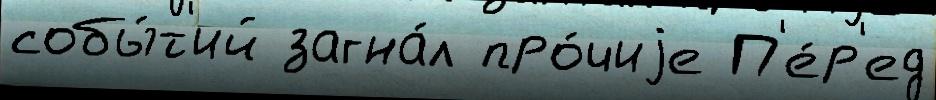
собы́т'ий загна́л про́чиjе П'е́р'ед